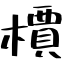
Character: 檟